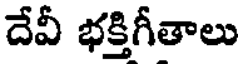
దేవీ భక్తిగీతాలు